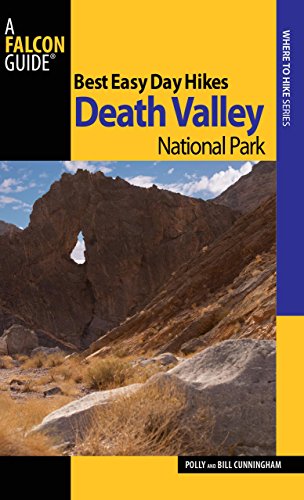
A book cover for Best Easy Day Hikes Death Valley National Park (Best Easy Day Hikes Series); Bill Cunningham; Travel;